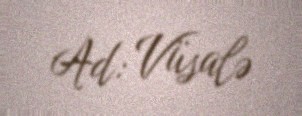
Ad: Vüsalə